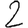
Digit: 2